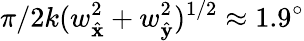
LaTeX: \pi/2k(w_{\hat{\mathbf{x}}}^{2}+w_{\hat{\mathbf{y}}}^{2})^{1/2}\approx 1.9^{\circ}